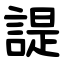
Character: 諟